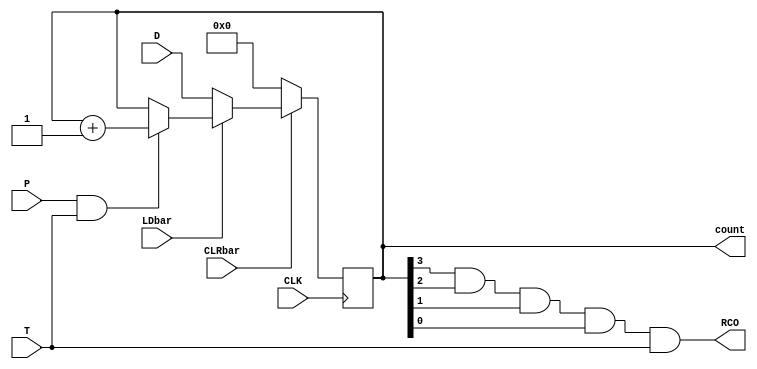

`timescale 1ns/1ns

module num_12(LDbar, CLRbar, P, T, CLK, D, count, RCO);

input LDbar, CLRbar, P, T, CLK;
input [3:0] D;
output [3:0] count;
output RCO;

reg [3:0] Q;
always @ (posedge CLK) begin
if (!CLRbar) Q <= 4'b0000;
else if (!LDbar) Q <= D;
else if (P && T) Q <= Q + 1;
end
assign count = Q;
assign RCO = Q[3] & Q[2] & Q[1] & Q[0] & T;
endmodule